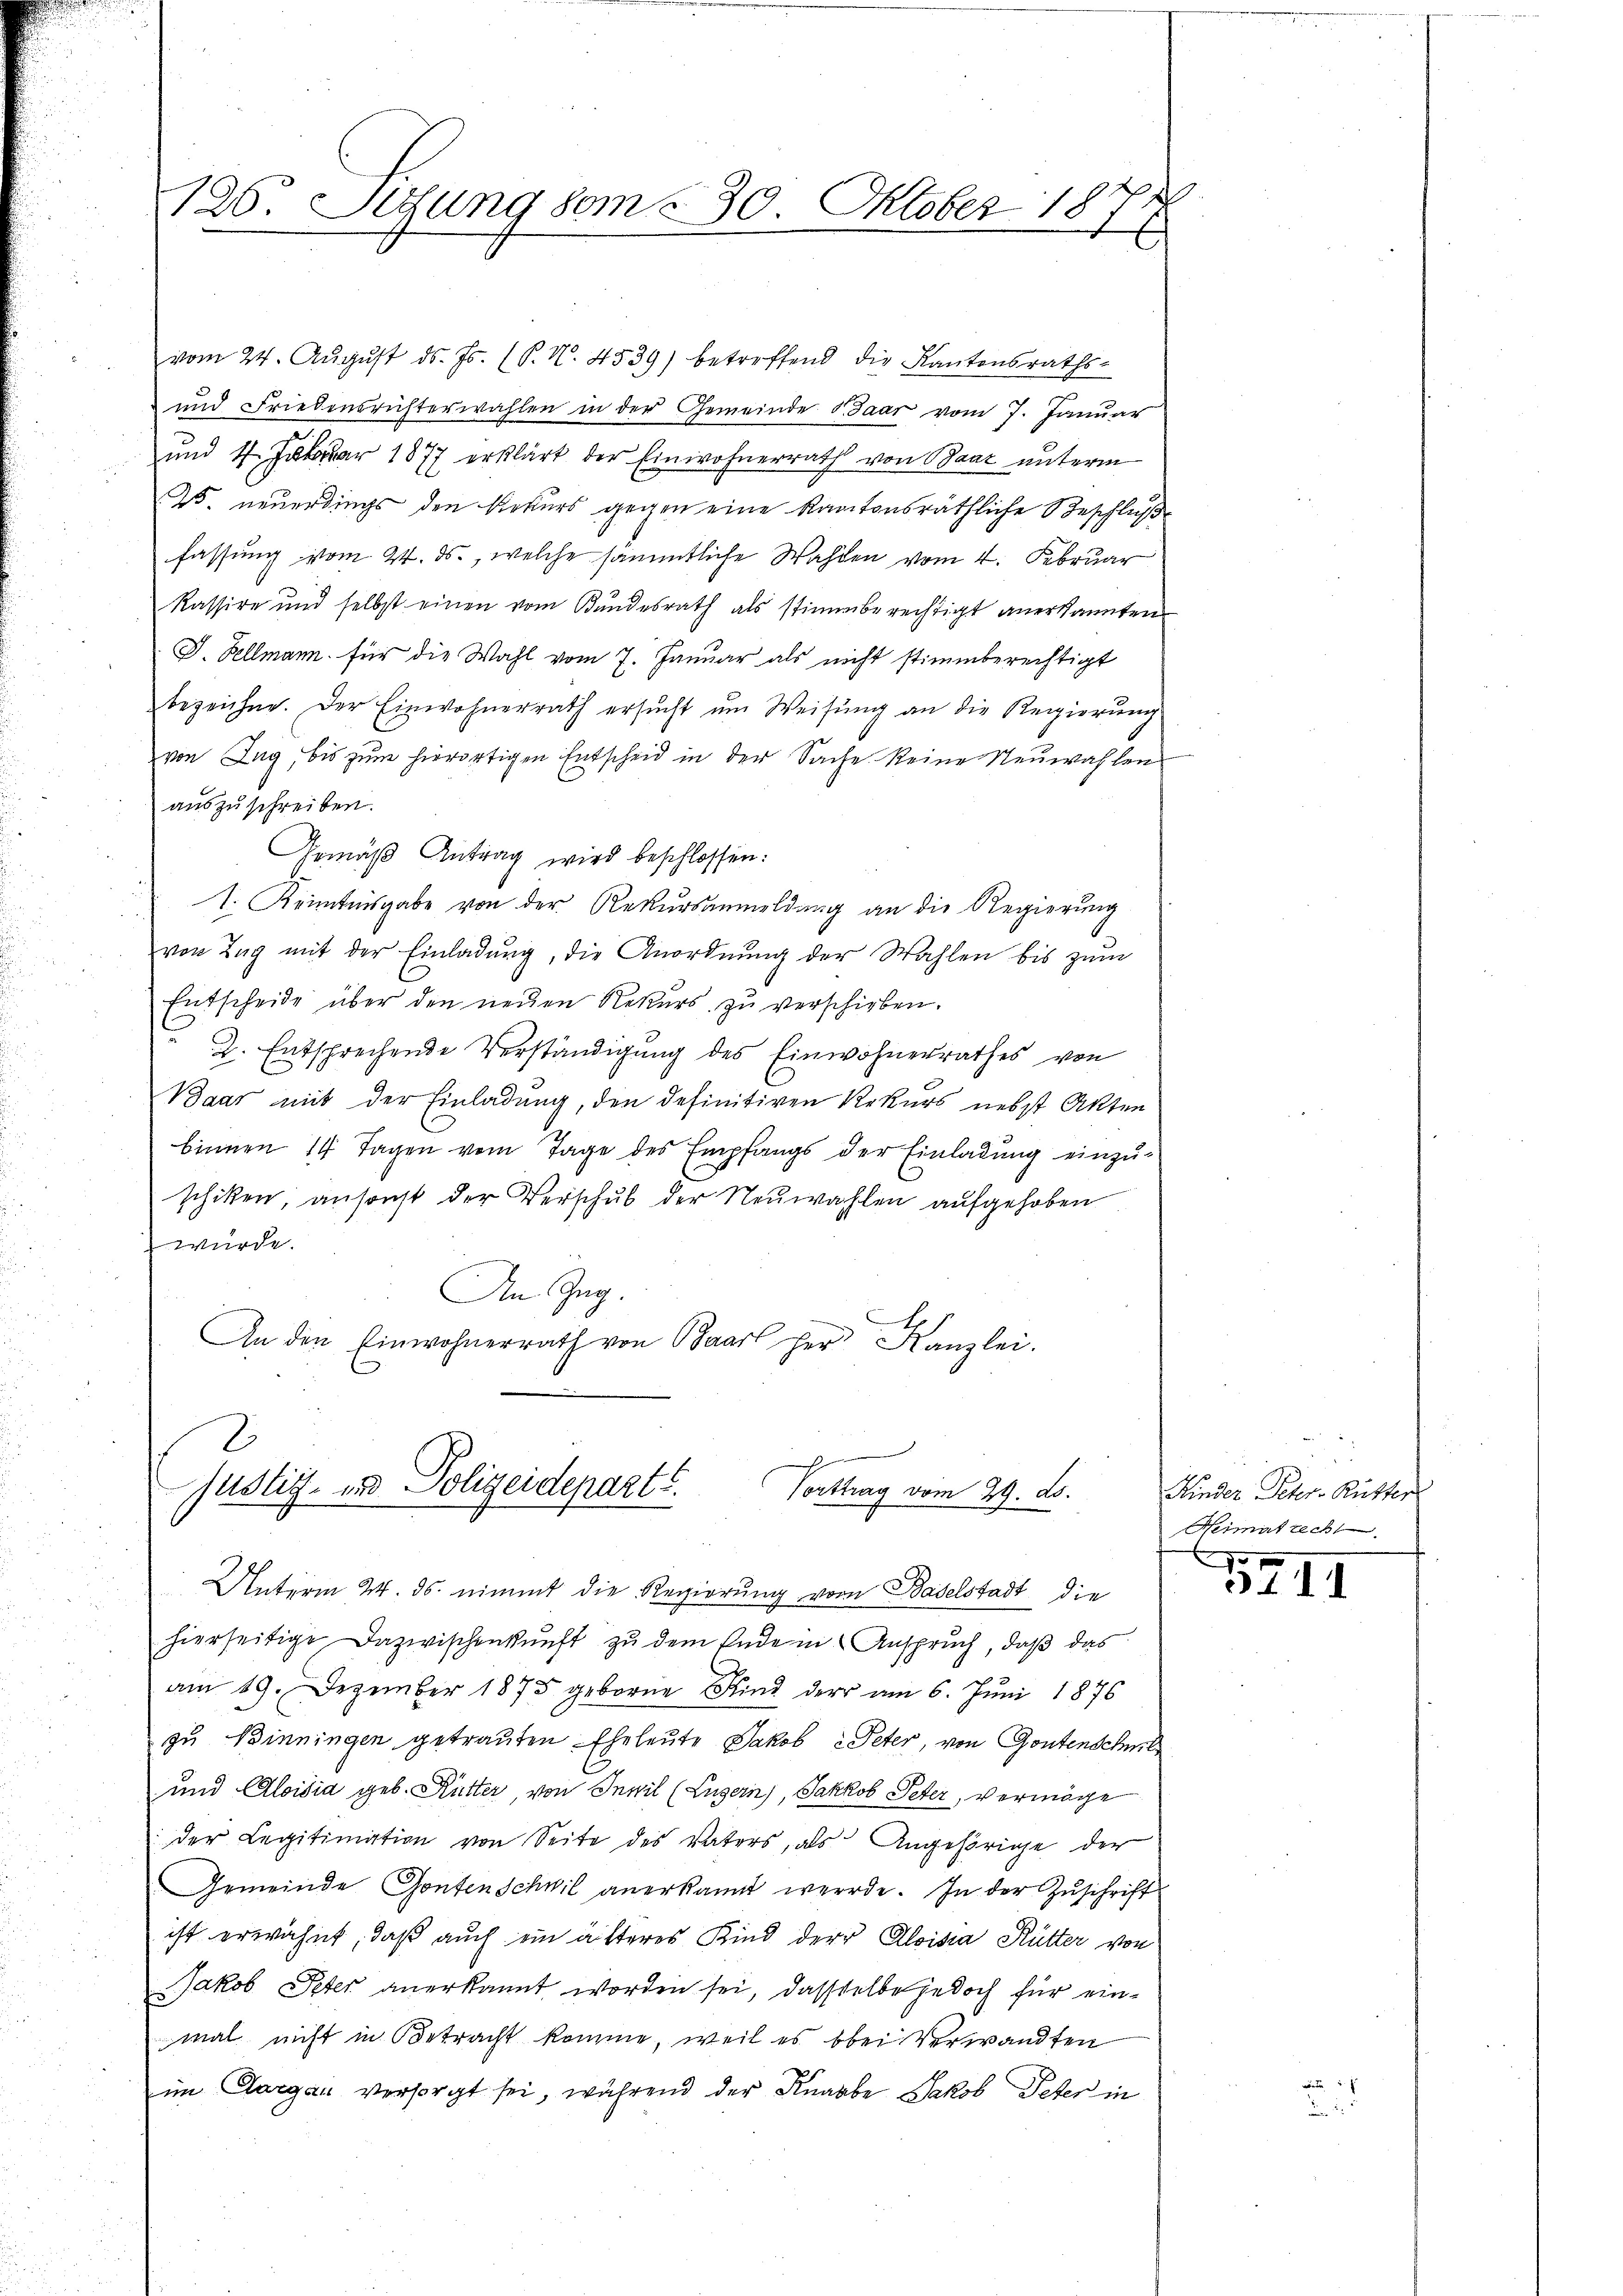
126. Suzung vom 230. Oktober 1874

vom 24. Aŭgŭst ds. Js. (P. Nr. 4539) betreffend die Kantonsraths-
und Friedensrichterwahlen in der Gemeinde Paar vom 7. Januar
und 1 Jar 1877 erklärt der Einwohnerrath von Baar unterm
W. neuerdings den Rekurs gegen eine kantonsräthliche Beschluße
fassung vom 24. ds., welche sämmtliche Wahlen vom 4. Februar
kassire und selbst einen vom Kŭndesrath als stimmberechtigt anerkannten
J. Kellmann für die Wahl vom 7. Januar als nicht stimmberechtigt
bezeichne. Der Einwohnerrath ersŭcht ŭm Weisŭng an die Regierŭng
von Zug, bis zum hierortigen Entscheid in der Sache keine Neuwahlen
auszuschreiben.
Gemäß Antrag wird beschlossen:
1. Kenntnisgabe von der Rekursanmeldung an die Regierung
von Zug mit der Einladung, die Anordnung der Wahlen bis zum
Entscheide über den neuen Rekurs zu verschieben.
 2. Entsprechende Verständigung des Einwohnerrathes von
Baar mit der Einladung, den definitiven Rekurs nebst Akten
binnen 14 Tagen vom Tage des Empfangs der Einladung einzu-
schiken, ansonst der Verschŭb der Neuwahlen aufgehoben
würde.
An Zug.
x
An den Einwohnerrath von Baarl her Kanzlei.

2
c
justiz- und Polizeidepart.
Corttrag vom 29. ds.

Unterm 24. ds. nimmt die Regierung vom Baselstadt die
hierseitige Dazwischenkunft zu dem Endem Anspruch, daß das
am 19. Dezember 1875 geborne Kind der am 6. Jŭni 1876
zu Binningen getrauten Eheleute Jakob Peter, von Gontenschmelz
und Aloisia geb. Hütter von Invil (Luzern, Jakkob Peter, vermöge
der Legitimation von Seite des Vaters, als Angehörige der
Gemeinde Gontenschwil anerkannt werde. In der Zuschrift
ist erwähnt, daß auch ein älteres Kind der Aloisia Rütter von
Jakob Peter anerkannt worden sei, dasselbe jedoch für einmal nicht in Betracht komme, weil es bei Verwandten
im Aargau versorgt sei, während der Knaabe Jakob Peter in

Kinder Peter- Rutter
Heimat rech

3XII